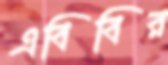
এবিবির